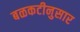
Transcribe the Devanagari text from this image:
बळकटीनुसार